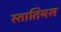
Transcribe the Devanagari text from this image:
स्तातियस